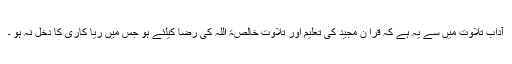
آداب تلاوِت میں سے یہ ہے کہ قرآ ن مجید کی تعلیم اور تلاوت خالصۃً اللہ کی رضا کیلئے ہو جس میں ریا کاری کا دخل نہ ہو ۔